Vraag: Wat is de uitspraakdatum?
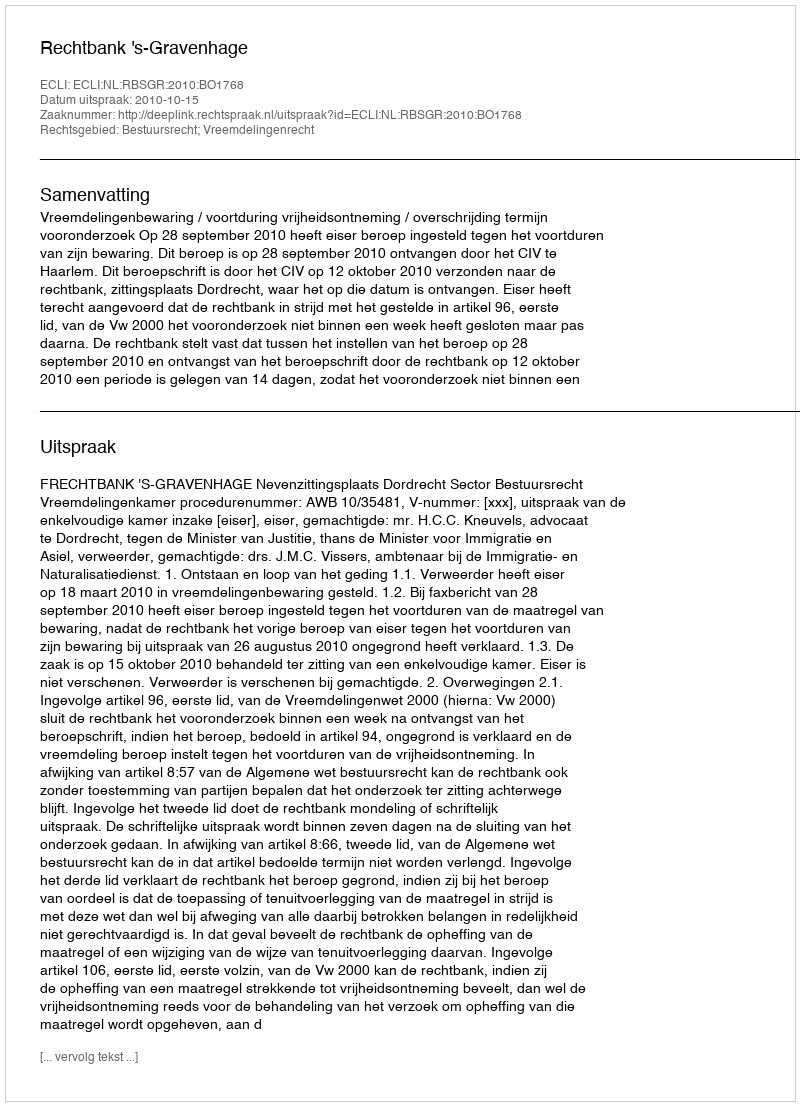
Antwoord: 2010-10-15